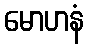
မောဟနံ